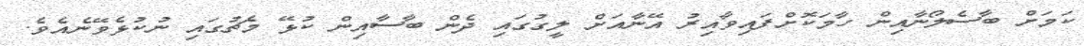
ކަމަށް ބާސެލޯނާއިން ހާމަކޮށްފައިވާއިރު އޭނާއަށް ލީގުގައި ދެން ބާސާއިން ކުޅޭ މެޗުގައި ނުކުޅެވޭނެއެވެ.